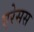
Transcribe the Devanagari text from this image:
एरेसस